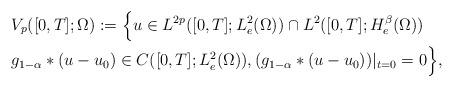
LaTeX: \begin{align*}& V_{p}([0,T];\Omega) := \Big\{ u \in L^{2p}([0,T];L_{e}^{2}(\Omega)) \cap L^{2}([0,T];H_{e}^{\beta}(\Omega)) \\& g_{1-\alpha}*(u-u_{0}) \in C([0,T];L_{e}^{2}(\Omega)), (g_{1-\alpha}*(u-u_{0}))|_{t=0} = 0 \Big\},\end{align*}